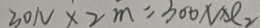
3 0 N \times 2 m = 3 0 0 N \times e 2